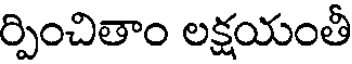
ర్పించితాం లక్షయంతీ